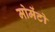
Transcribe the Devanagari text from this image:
मोमेंटो